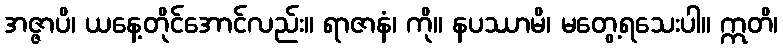
အဇ္ဇာပိ၊ ယနေ့တိုင်အောင်လည်း။ ရာဇာနံ၊ ကို။ နပဿာမိ၊ မတွေ့ရသေးပါ။ ဣတိ၊